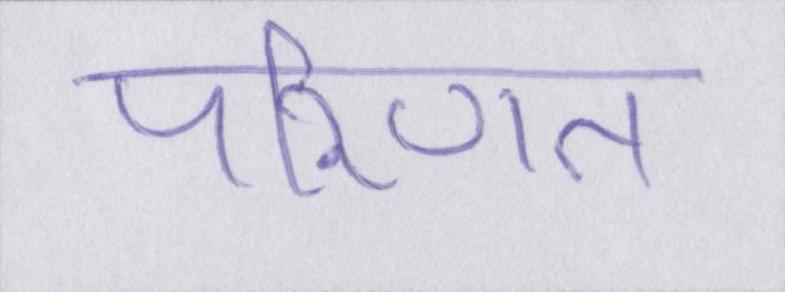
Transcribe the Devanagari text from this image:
परिणत